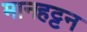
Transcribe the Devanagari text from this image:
मानहट्टन